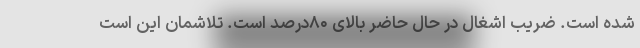
شده است. ضریب اشغال در حال حاضر بالای ۸۰درصد است. تلاشمان این است